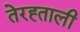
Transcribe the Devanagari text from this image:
तेरह्ताली